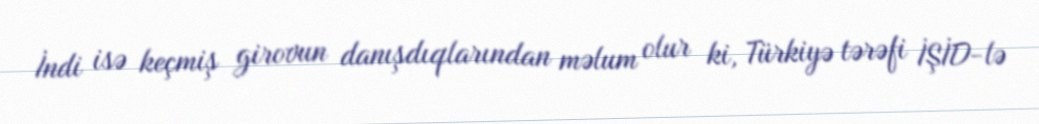
İndi isə keçmiş girovun danışdıqlarından məlum olur ki, Türkiyə tərəfi İŞİD-lə